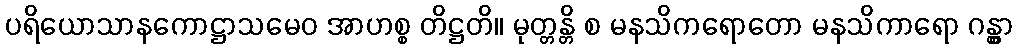
ပရိယောသာနကောဋ္ဌာသမေဝ အာဟစ္စ တိဋ္ဌတိ။ မုတ္တန္တိ စ မနသိကရောတော မနသိကာရော ဂန္တွာ